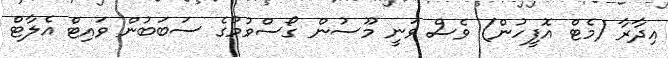
އިދާރާ (މެޓް އޮފީހުން) ވެސް ވަނީ މޫސުން ގޯސްވުމުގެ ސަބަބުން ވައިޓް އެލާޓް